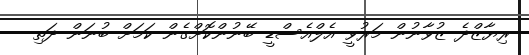
ރިޔާޒްދެ ޒުވާނުން މަރުވީ އެލްއެސްޑީ ބޭނުންކޮށްގެން ކަމަށް ބުނަން ދަތި